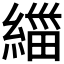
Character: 𱹼